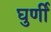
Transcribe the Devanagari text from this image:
घुर्णी